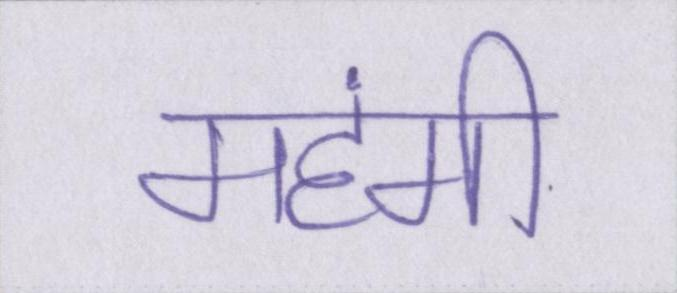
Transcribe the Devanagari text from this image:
महंगी